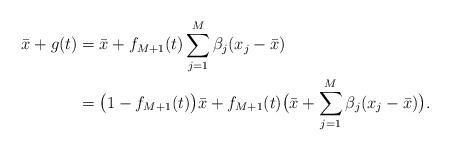
LaTeX: \begin{align*}\begin{aligned}\bar x + g(t) &= \bar x +f_{M+1}(t) \sum_{j=1}^M \beta_j (x_j - \bar x)\\&= \big(1-f_{M+1}(t)\big) \bar x + f_{M+1}(t) \big( \bar x +\sum_{j=1}^M \beta_j (x_j - \bar x)\big).\end{aligned}\end{align*}